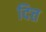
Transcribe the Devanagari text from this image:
दित्त